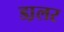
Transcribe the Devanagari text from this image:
डा़लर